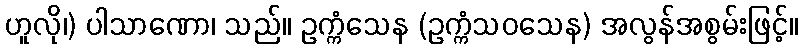
ဟူလို၊) ပါသာဏော၊ သည်။ ဥက္ကံသေန (ဥက္ကံသဝသေန) အလွန်အစွမ်းဖြင့်။